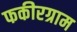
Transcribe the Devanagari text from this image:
फकीरग्राम